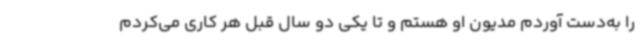
را به‌دست آوردم مدیون او هستم و تا یکی دو سال قبل هر کاری می‌کردم